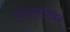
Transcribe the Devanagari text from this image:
पंचसरोवर